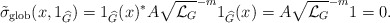
\begin{align*} \tilde \sigma_{\textnormal{glob} }(x,1_{\widehat{G}})=1_{\widehat{G}}(x)^{*}A\sqrt{\mathcal{L}_G}^{-m}1_{\widehat{G}}(x)=A\sqrt{\mathcal{L}_G}^{-m}1=0.\end{align*}